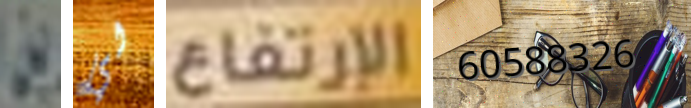
بن لي الإرتفاع 60588326